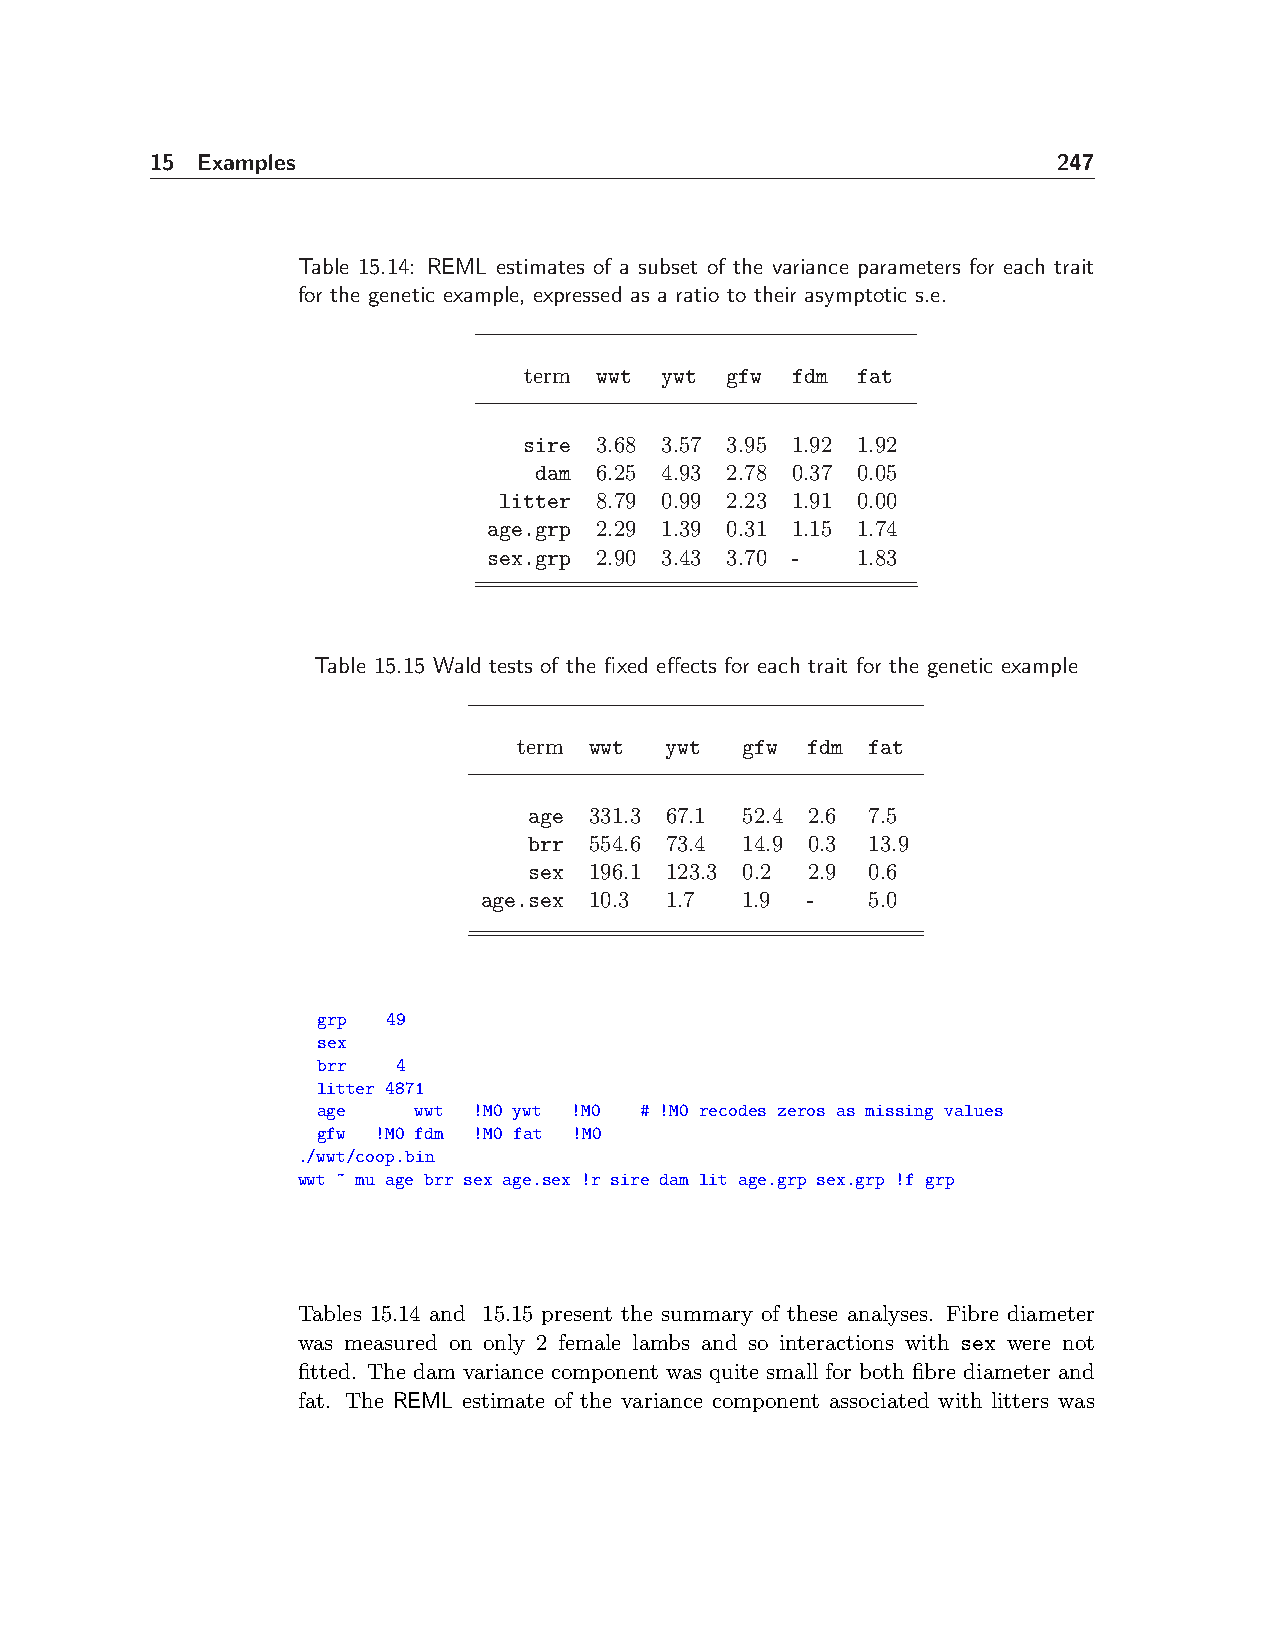
15 Examples                                                 247
 Table 15.14: REML estimates of a subset of the variance parameters for each trait
 for the genetic example, expressed as a ratio to their asymptotic s.e.
 term wwt ywt gfw fdm  fat
 sire 3.68 3.57 3.95 1.92 1.92
 dam 6.25 4.93 2.78 0.37 0.05
 litter 8.79 0.99 2.23 1.91 0.00
 age.grp 2.29 1.39 0.31 1.15 1.74
 sex.grp 2.90 3.43 3.70 - 1.83
 Table 15.15 Wald tests of the fixed effects for each trait for the genetic example
 term wwt  ywt  gfw fdm  fat
 age 331.3 67.1 52.4 2.6 7.5
 brr 554.6 73.4 14.9 0.3 13.9
 sex 196.1 123.3 0.2 2.9 0.6
 age.sex 10.3 1.7 1.9 -    5.0
 grp  49
 sex
 brr  4
 litter 4871
 age   wwt !M0 ywt !M0 # !M0 recodes zeros as missing values
 gfw !M0 fdm !M0 fat !M0
 ./wwt/coop.bin
 wwt ~ mu age brr sex age.sex !r sire dam lit age.grp sex.grp !f grp
 Tables 15.14 and 15.15 present the summary of these analyses. Fibre diameter
 was measured on only 2 female lambs and so interactions with sex were not
 fitted. The dam variance component was quite small for both fibre diameter and
 fat. The REML estimate of the variance component associated with litters was